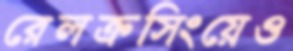
রেলক্রসিংয়েও